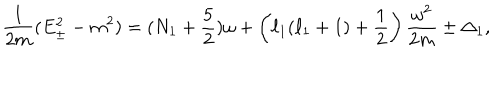
LaTeX: { \frac { 1 } { 2 m } } ( E _ { \pm } ^ { 2 } - m ^ { 2 } ) = ( N _ { 1 } + { \frac { 5 } { 2 } } ) \omega + \left( \ell _ { 1 } ( \ell _ { 1 } + 1 ) + { \frac { 1 } { 2 } } \right) { \frac { \omega ^ { 2 } } { 2 m } } \pm \Delta _ { 1 } ,